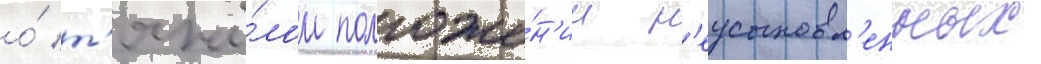
о́ т'яжё́лом положе́н'ии н'еусыновл'енных